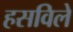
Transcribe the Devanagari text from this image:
हसविले